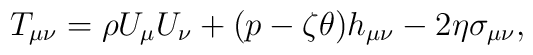
T_{\mu \nu}=\rho U_\mu U_\nu+(p-\zeta \theta)h_{\mu \nu}-2\eta \sigma_{\mu\nu},